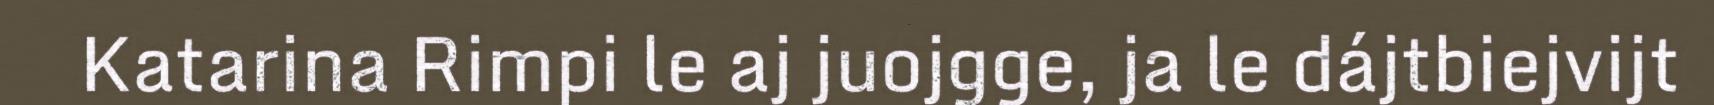
Katarina Rimpi le aj juojgge, ja le dájtbiejvijt